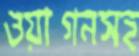
ওয়াগনসহ